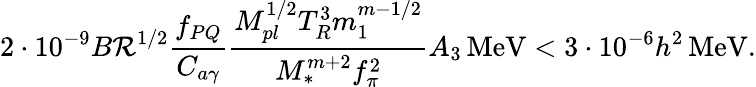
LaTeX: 2\cdot10^{-9}B\mathcal{R}^{1/2}\frac{{f_{PQ}}}{{C_{a\gamma}}}\frac{{M_{pl}^{1/2}T_{R}^{3}m_{1}^{m-1/2}}}{{M_{*}^{m+2}f_{\pi}^{2}}}A_{3}\, \mathrm{{MeV}}<3\cdot10^{-6}h^{2}\, \mathrm{{MeV}}.